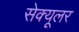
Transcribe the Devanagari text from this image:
सेक्यूलर